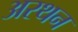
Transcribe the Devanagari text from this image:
अरथन